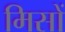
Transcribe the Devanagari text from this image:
मिसों